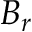
B _ { r }